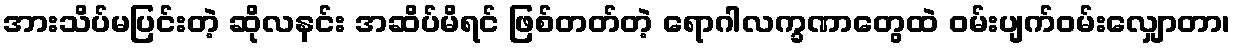
အားသိပ်မပြင်းတဲ့ ဆိုလနင်း အဆိပ်မိရင် ဖြစ်တတ်တဲ့ ရောဂါလက္ခဏာတွေထဲ ဝမ်းပျက်ဝမ်းလျှောတာ၊